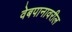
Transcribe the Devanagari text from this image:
वेबपानावरील